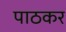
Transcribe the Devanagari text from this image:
पाठकर